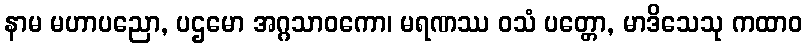
နာမ မဟာပညော, ပဌမော အဂ္ဂသာဝကော၊ မရဏဿ ဝသံ ပတ္တော, မာဒိသေသု ကထာဝ